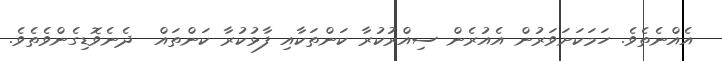
އެއްނެތެވެ. ހަމަކަށަވަރުން އެއުރެން ސިއްރުކުރާ ކަންތަކާއި ފާޅުކުރާ ކަންތައް  ދެނެވޮޑިގެންވެތެވެ.